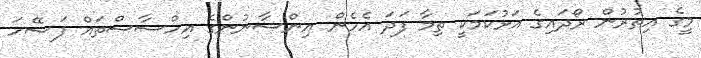
މީގެ އިތުރުން ރޯދައިގެ އަޅުކަމަކީ ތިމާ ފަދަ އެހެން އިންސާނުންގެ އިހްސާސްތައް ފަސޭހަ